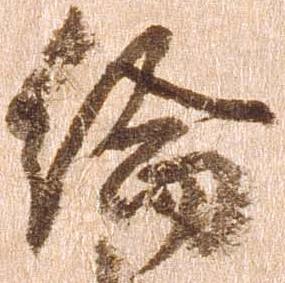
綸